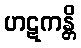
ဟဋကန္တိ